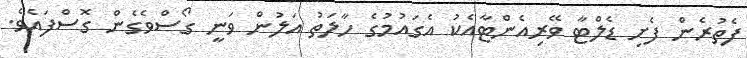
ފެތުރެން ފެށި ޑެލްޓާ ވޭރިއެންޓާއެކު އެގައުމުގެ ހާލަތު އަލުން ވަނީ ގޯސްވެގެން ގޮސްފައެވެ.